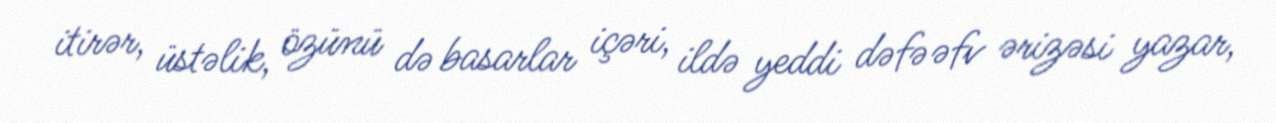
itirər, üstəlik, özünü də basarlar içəri, ildə yeddi dəfə əfv ərizəsi yazar,